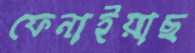
ফেনাইয়াছ